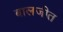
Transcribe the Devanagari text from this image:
बालजीत